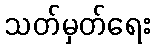
သတ်မှတ်ရေး